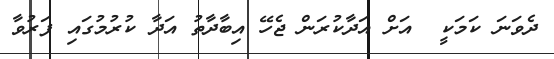
ދެވަނަ ކަމަކީ  އަށް އަދާކުރަން ޖެހޭ އިބާދާތު އަދާ ކުރުމުގައި ފަރުވާ